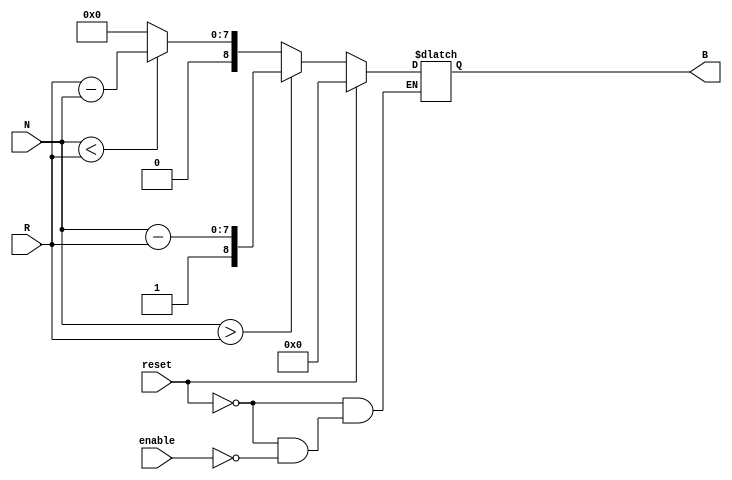
module RelativeEncoder (
    input wire [7:0] N,          // Position Input
    input wire [7:0] R,          // Reference Input
    input wire reset,            // Reset Input
    input wire enable,           // Enable Control
    output reg [8:0] B           // Binary Output (9 bits to handle overflow)
);

    always @(*) begin
        if (reset) begin
            B = 9'b0;              // Reset output to zero
        end else if (enable) begin
            if (N > R) begin
                B = {1'b1, N - R}; // Positive relative position
            end else if (N < R) begin
                B = {1'b0, R - N}; // Negative relative position
            end else begin
                B = 9'b000000000;   // No change
            end
        end else begin
            B = B;                 // Maintain current output if not enabled
        end
    end

endmodule